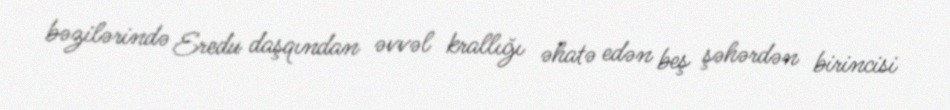
bəzilərində Eredu daşqından əvvəl krallığı əhatə edən beş şəhərdən birincisi